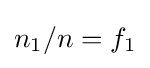
n_{1}/n=f_{1}